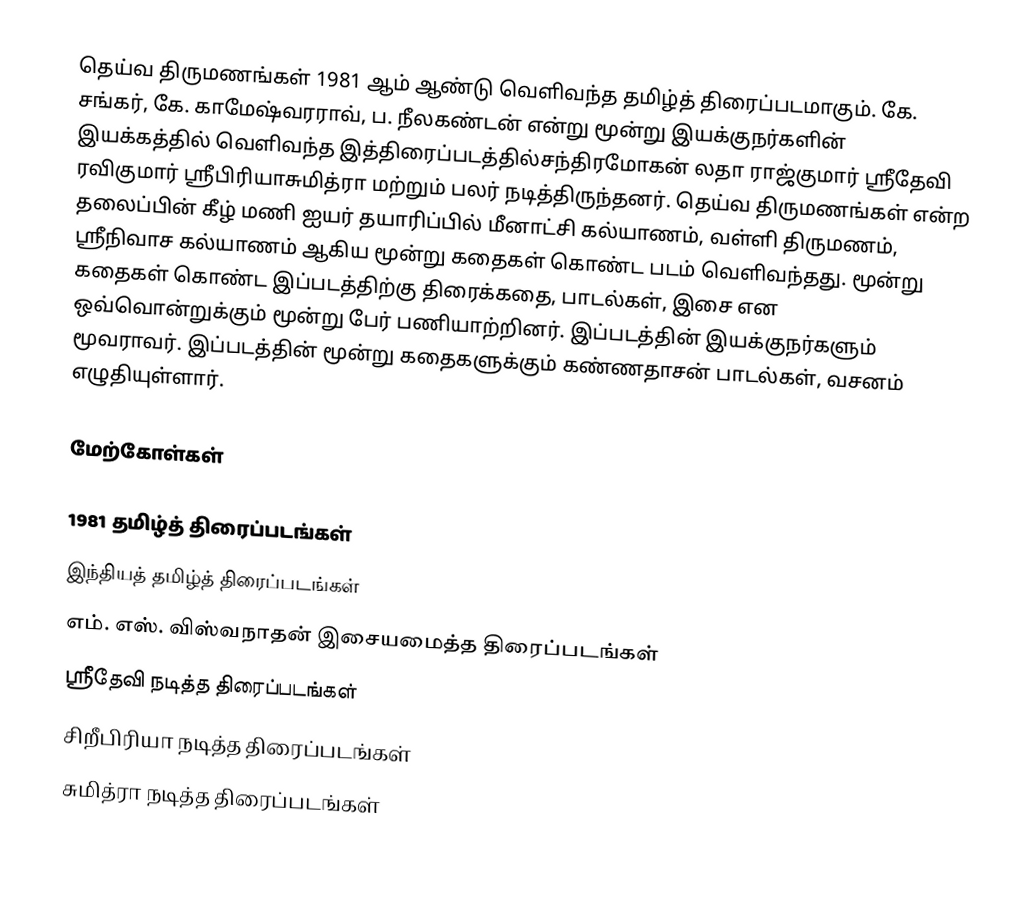
தெய்வ திருமணங்கள் 1981 ஆம் ஆண்டு வெளிவந்த தமிழ்த் திரைப்படமாகும். கே. சங்கர், கே. காமேஷ்வரராவ், ப. நீலகண்டன்  என்று மூன்று இயக்குநர்களின் இயக்கத்தில் வெளிவந்த இத்திரைப்படத்தில்சந்திரமோகன் லதா ராஜ்குமார் ஸ்ரீதேவி ரவிகுமார் ஸ்ரீபிரியாசுமித்ரா மற்றும் பலர் நடித்திருந்தனர். தெய்வ திருமணங்கள் என்ற தலைப்பின் கீழ் மணி ஐயர் தயாரிப்பில் மீனாட்சி கல்யாணம், வள்ளி திருமணம், ஸ்ரீநிவாச கல்யாணம் ஆகிய மூன்று கதைகள் கொண்ட படம் வெளிவந்தது. மூன்று கதைகள் கொண்ட இப்படத்திற்கு திரைக்கதை, பாடல்கள், இசை என ஒவ்வொன்றுக்கும் மூன்று பேர் பணியாற்றினர். இப்படத்தின் இயக்குநர்களும் மூவராவர். இப்படத்தின் மூன்று கதைகளுக்கும் கண்ணதாசன் பாடல்கள், வசனம் எழுதியுள்ளார்.

மேற்கோள்கள்

1981 தமிழ்த் திரைப்படங்கள்
இந்தியத் தமிழ்த் திரைப்படங்கள்
எம். எஸ். விஸ்வநாதன் இசையமைத்த திரைப்படங்கள்
ஸ்ரீதேவி நடித்த திரைப்படங்கள்
சிறீபிரியா நடித்த திரைப்படங்கள்
சுமித்ரா நடித்த திரைப்படங்கள்